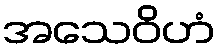
အသေဝိဟံ